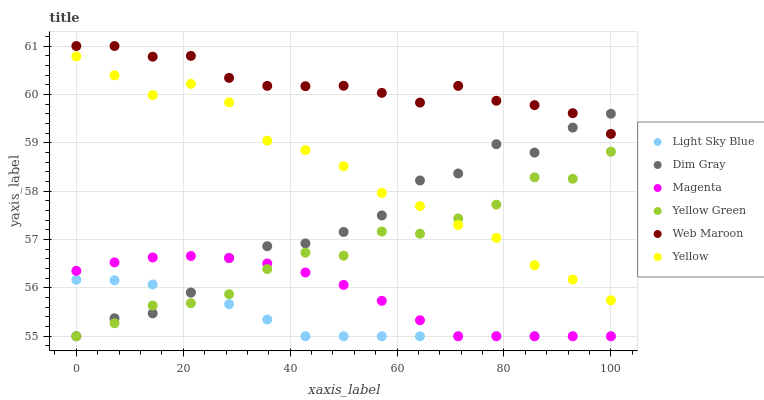
| xaxis_label | Light Sky Blue | Dim Gray | Magenta | Yellow Green | Web Maroon | Yellow |
 | --- | --- | --- | --- | --- | --- | --- |
 | 0 | 56.2 | 55 | 56.4 | 55 | 61 | 60.8 |
 | 7.14 | 56.2 | 55.4 | 56.5 | 55.3 | 61 | 60.4 |
 | 14.3 | 56.1 | 55.5 | 56.6 | 55.6 | 60.8 | 60 |
 | 21.4 | 55.9 | 55.9 | 56.7 | 55.7 | 60.8 | 60.2 |
 | 28.6 | 55.7 | 56.6 | 56.6 | 55.9 | 60.3 | 59.8 |
 | 35.7 | 55.3 | 56.9 | 56.5 | 56.4 | 60.2 | 59 |
 | 42.9 | 55 | 56.9 | 56.3 | 56.7 | 60.2 | 58.8 |
 | 50 | 55 | 57.2 | 56.1 | 56.7 | 60.2 | 58.5 |
 | 57.1 | 55 | 57.5 | 55.7 | 57.2 | 60 | 58 |
 | 64.3 | 55 | 58.2 | 55.3 | 57.1 | 59.8 | 57.7 |
 | 71.4 | 55 | 58.4 | 55 | 57.4 | 60.2 | 57.3 |
 | 78.6 | 55 | 59 | 55 | 57.7 | 59.9 | 57 |
 | 85.7 | 55 | 58.8 | 55 | 58.3 | 59.8 | 56.5 |
 | 92.9 | 55 | 59.3 | 55 | 58.3 | 59.6 | 56.2 |
 | 100 | 55 | 59.6 | 55 | 58.8 | 59.2 | 55.7 |